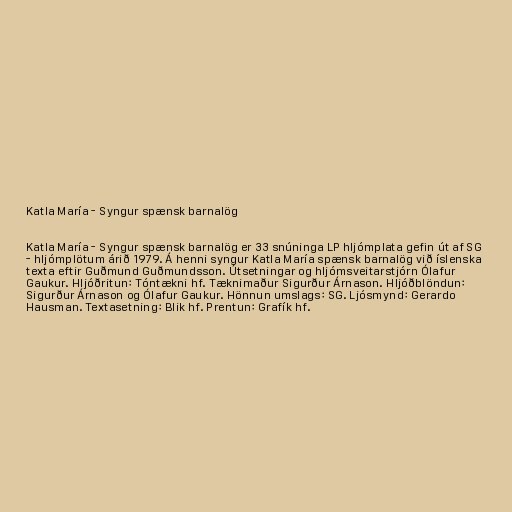
Katla María - Syngur spænsk barnalög

Katla María - Syngur spænsk barnalög er 33 snúninga LP hljómplata gefin út af SG
- hljómplötum árið 1979. Á henni syngur Katla María spænsk barnalög við íslenska
texta eftir Guðmund Guðmundsson. Útsetningar og hljómsveitarstjórn Ólafur
Gaukur. Hljóðritun: Tóntækni hf. Tæknimaður Sigurður Árnason. Hljóðblöndun:
Sigurður Árnason og Ólafur Gaukur. Hönnun umslags: SG. Ljósmynd: Gerardo
Hausman. Textasetning: Blik hf. Prentun: Grafík hf.